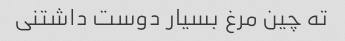
ته چین مرغ بسیار دوست داشتنی